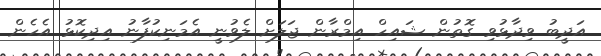
އަދީބު ވިދާޅުވި ގޮތުން ޝައިހް އިމްރާން ޖަލަށް ލެވުނީ އެމަނިކުފާނު އިދިކޮޅު އެހެން